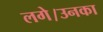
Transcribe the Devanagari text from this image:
लगे।उनका